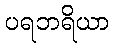
ပရဘရိယာ